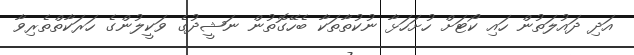
އަދި ދައުލަތުން ހައި ކޯޓަށް ހުށަހަޅާ ނުކުތާތަކާ ބެހޭގޮތުން ނަޝީދުގެ ވަކީލުންގެ ހަރަކާތްތެރިވާ